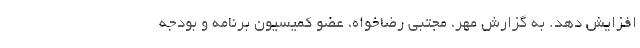
افزایش دهد. به گزارش مهر، مجتبی رضاخواه، عضو کمیسیون برنامه و بودجه